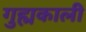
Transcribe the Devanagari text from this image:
गुह्मकाली